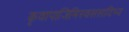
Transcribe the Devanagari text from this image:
कृवापाजिमिस्वससादिभ्य